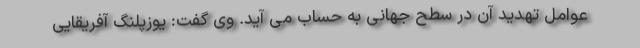
عوامل تهدید آن در سطح جهانی به حساب می آید. وی گفت: یوزپلنگ آفریقایی